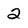
Character: 2